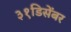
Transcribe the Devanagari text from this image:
३१डिसेंबर